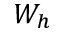
W _ { h }